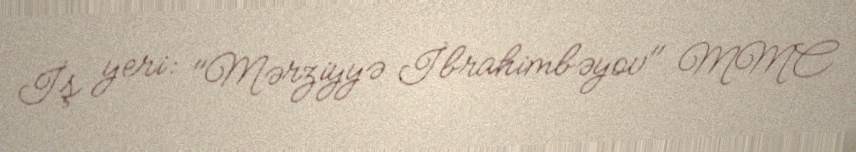
İş yeri: "Mərziyyə İbrahimbəyov" MMC